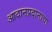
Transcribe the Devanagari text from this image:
आदानप्रदानाचा